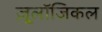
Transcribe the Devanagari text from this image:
ज़ू्लॉजिकल